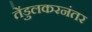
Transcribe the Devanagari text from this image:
तेंडुलकरनंतर